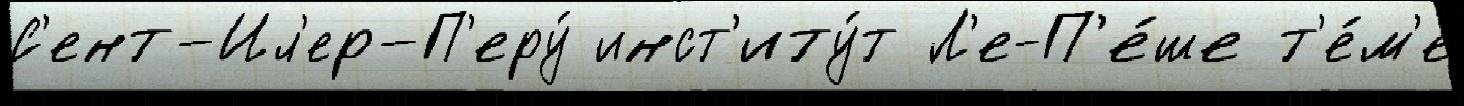
С'ент-Ил'ер-П'еру́ инст'иту́т Л'е-П'е́ше т'е́м'е